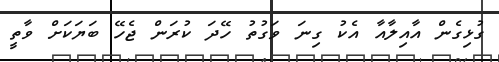
ގުޅިގެން އާއިލާއާ އެކު ގިނަ ވަގުތު ހޭދަ ކުރަން ޖެހޭ ބަޔަކަށް ވާތީ